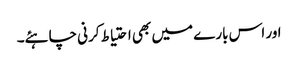
اور اس بارے میں بھی احتیاط کرنی چاہئے۔